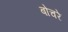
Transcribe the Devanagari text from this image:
बोचरे